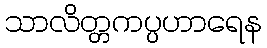
သာလိတ္တကပ္ပဟာရေန